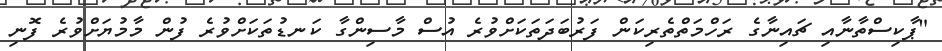
"ޕާކިސްތާނާއި ޗައިނާގެ ރަހްމަތްތެރިކަން ފަރުބަދަތަކަށްވުރެ އުސް މާސިންގާ ކަނޑުތަކަށްވުރެ ފުން މާމުޔަށްވުރެ ފޮނި